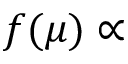
f ( \mu ) \propto